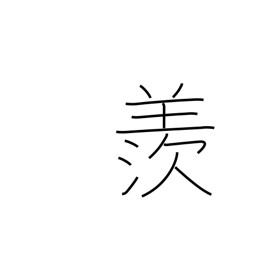
Meaning: envious